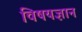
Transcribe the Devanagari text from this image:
विषयज्ञान